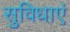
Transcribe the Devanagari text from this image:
सुविधाएं